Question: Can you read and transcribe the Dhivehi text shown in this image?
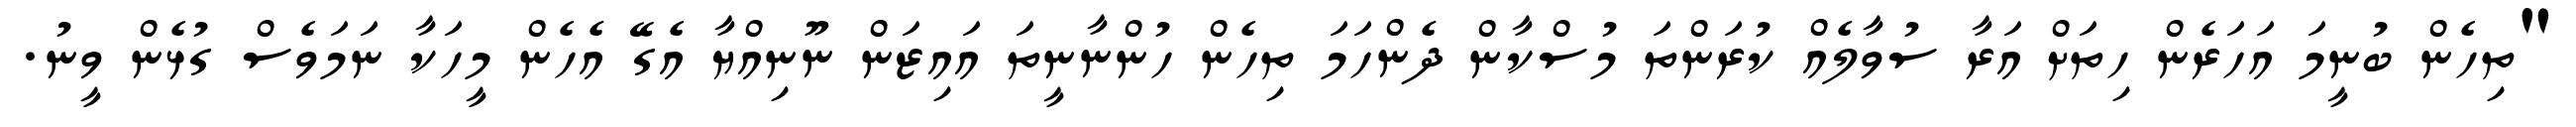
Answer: "ތިހެން ބުނީމަ އަހަރެން ހިތަށް އަރާ ސުވާލެއް ކުރަންތަ މުސްކާން ދެންހަމަ ތިހެން ހުންނާނީތަ އައިޒަން ނޫނިއްޔާ އެގޭ އެހެން މީހަކާ ނަމަވެސް ގުޅެން ވީނު.